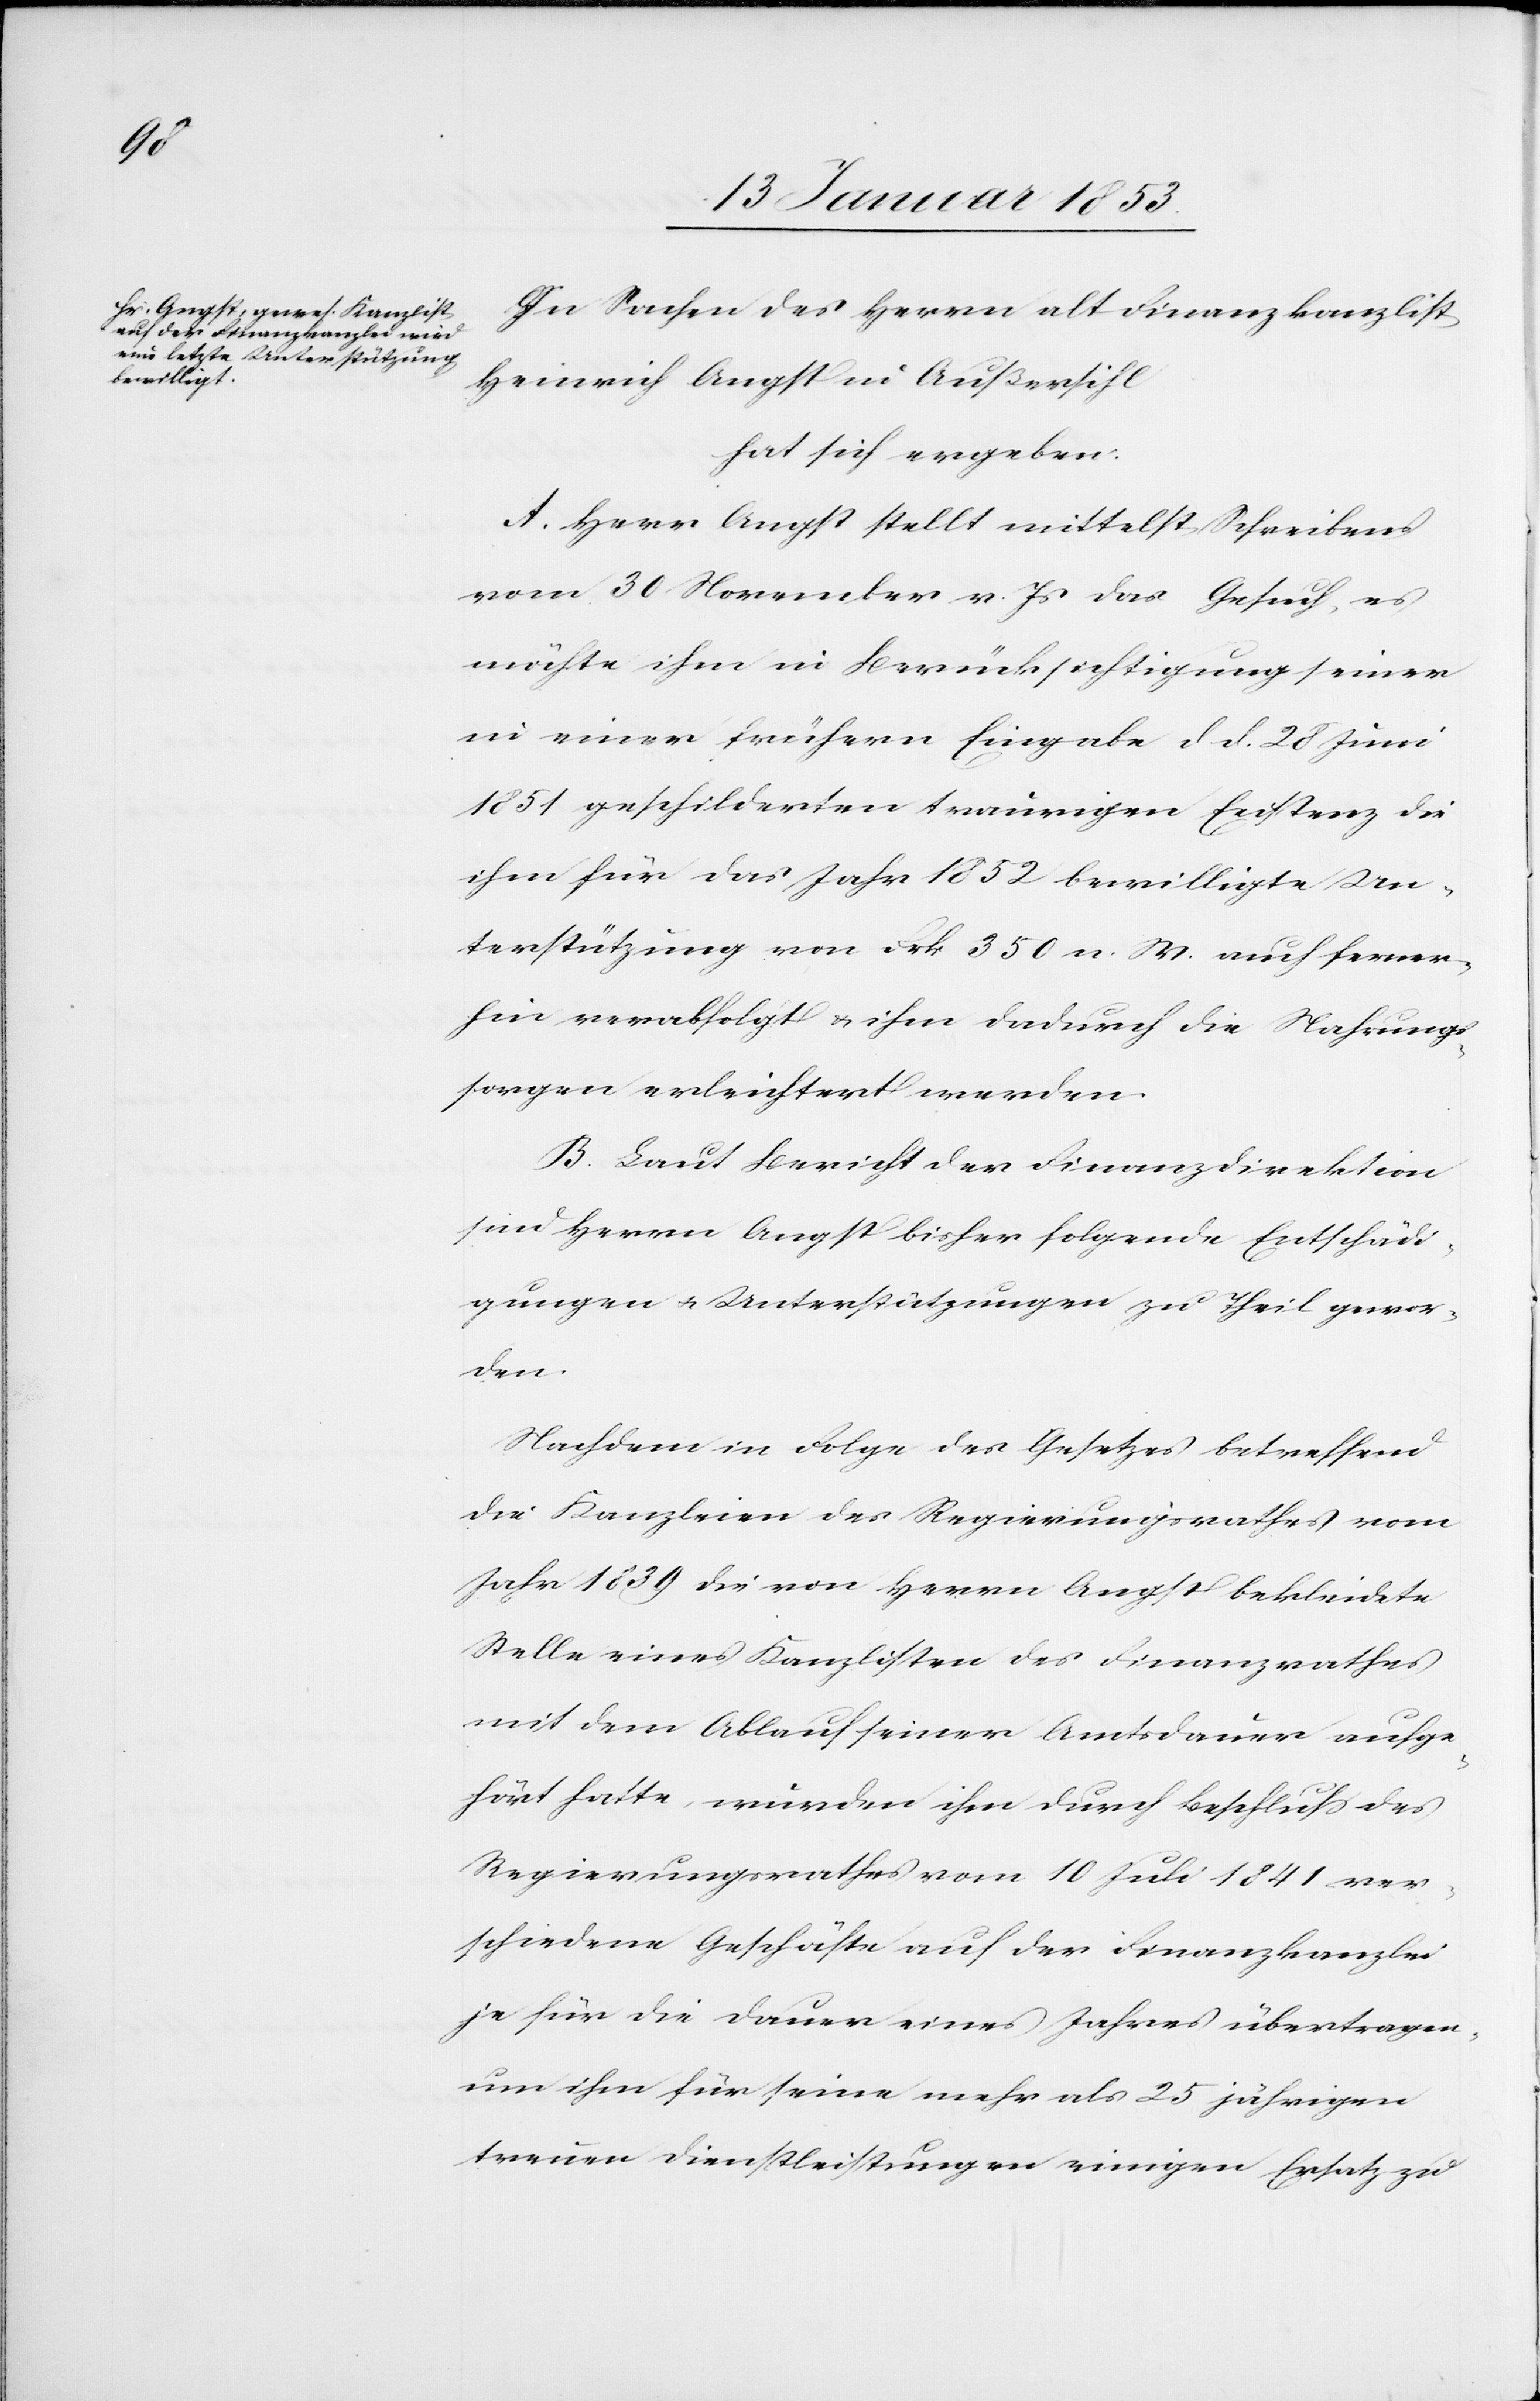
In Sachen des Herrn alt Finanzkanzlist
Heinrich Angst in Außersihl
hat sich ergeben:
Herr Angst stellt mittelst Schreibens
vom 30 November v. Js. das Gesuch, es
möchte ihm in Berücksichtigung seiner
in einer frühern Eingabe d. d. 28 Juni
1851 geschilderten traurigen Existenz die
ihm für das Jahr 1852 bewilligte Un¬
terstützung von Frk 350 n. W. auch ferner¬
hin verabfolgt u. ihm dadurch die Nahrungs¬
sorgen erleichtert werden.
Laut Bericht der Finanzdirektion
sind Herrn Angst bisher folgende Entschädi¬
gungen u. Unterstützungen zu Theil gewor¬
den.
Nachdem in Folge des Gesetzes betreffend
die Kanzleien des Regierungsrathes vom
Jahr 1839 die von Herrn Angst bekleidete
Stelle eines Kanzlisten des Finanzrathes
mit dem Ablauf seiner Amtsdauer aufge¬
hört hatte, wurden ihm durch Beschluß des
Regierungsrathes vom 10 Juli 1841 ver¬
schiedene Geschäfte auf der Finanzkanzlei
je für die Dauer eines Jahres übertragen
um ihn für seine mehr als 25 jährigen
treuen Dienstleistungen einigen Ersatz zu